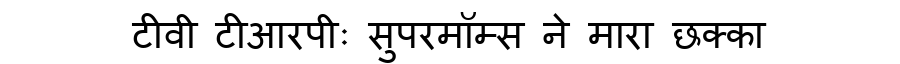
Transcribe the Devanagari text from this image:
टीवी टीआरपीः सुपरमॉम्स ने मारा छक्का